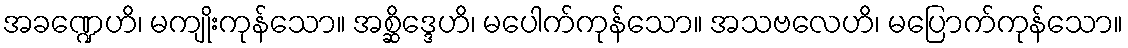
အခဏ္ဍေဟိ၊ မကျိုးကုန်သော။ အစ္ဆိဒ္ဒေဟိ၊ မပေါက်ကုန်သော။ အသဗလေဟိ၊ မပြောက်ကုန်သော။